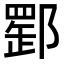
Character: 𨝪